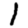
Digit: 1